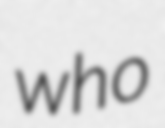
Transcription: who